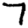
Digit: 7